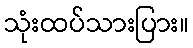
သုံးထပ်သားပြား။